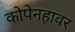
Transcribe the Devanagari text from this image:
कोपेनहावर